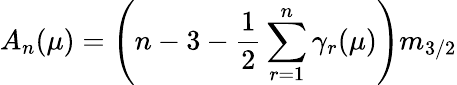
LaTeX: A_{n}(\mu)=\left(n-3-{\frac{1}{2}}\sum_{r=1}^{n}\gamma_{r}(\mu)\right)m_{3/2}